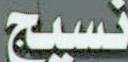
نسيج